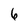
Character: 6